Civil Veterinary Dept. North-West Frontier Province 1923-32 - 1923-1932
Year: 1923
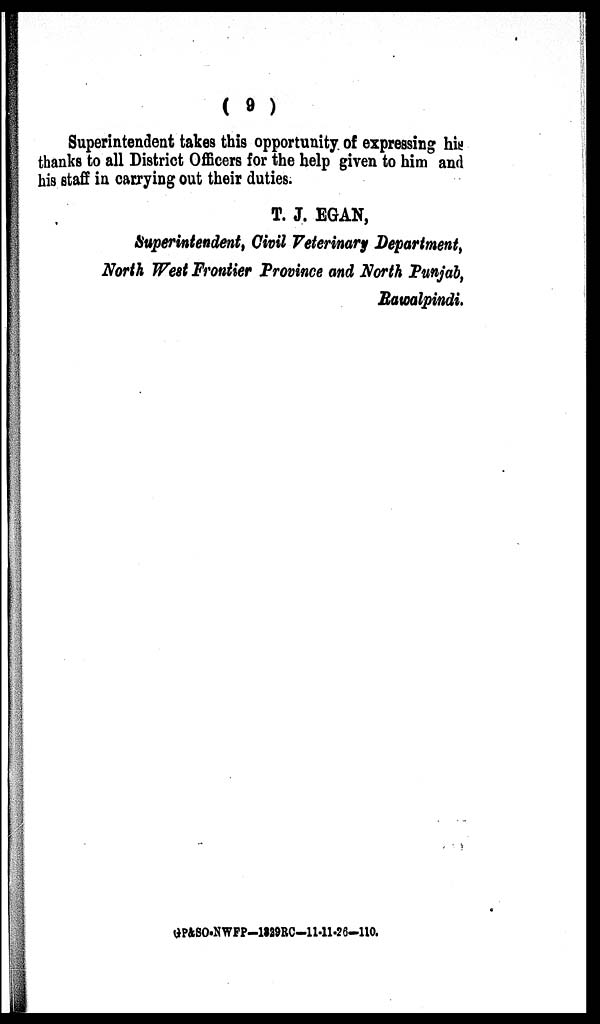
(9)
Superintendent takes this opportunity of expressing his
thanks to all District Officers for the help given to him and
his staff in carrying out their duties.
T. J. EGAN,
Superintendent, Civil Veterinary Department,
North West Frontier Province and North Punjab,
Rawalpindi.
GP&SO-NWFP-1329RC-11-11-26-110.